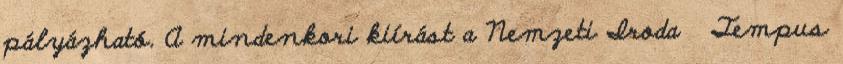
pályázható. A mindenkori kiírást a Nemzeti Iroda Tempus